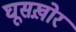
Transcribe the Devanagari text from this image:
घूसख़ोर